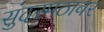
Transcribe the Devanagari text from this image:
सुंदरमठावर